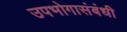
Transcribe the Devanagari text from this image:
उपभोगासंबंधी